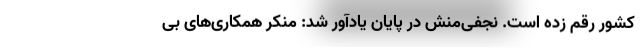
کشور رقم زده است. نجفی‌منش در پایان یادآور شد: منکر همکاری‌های بی